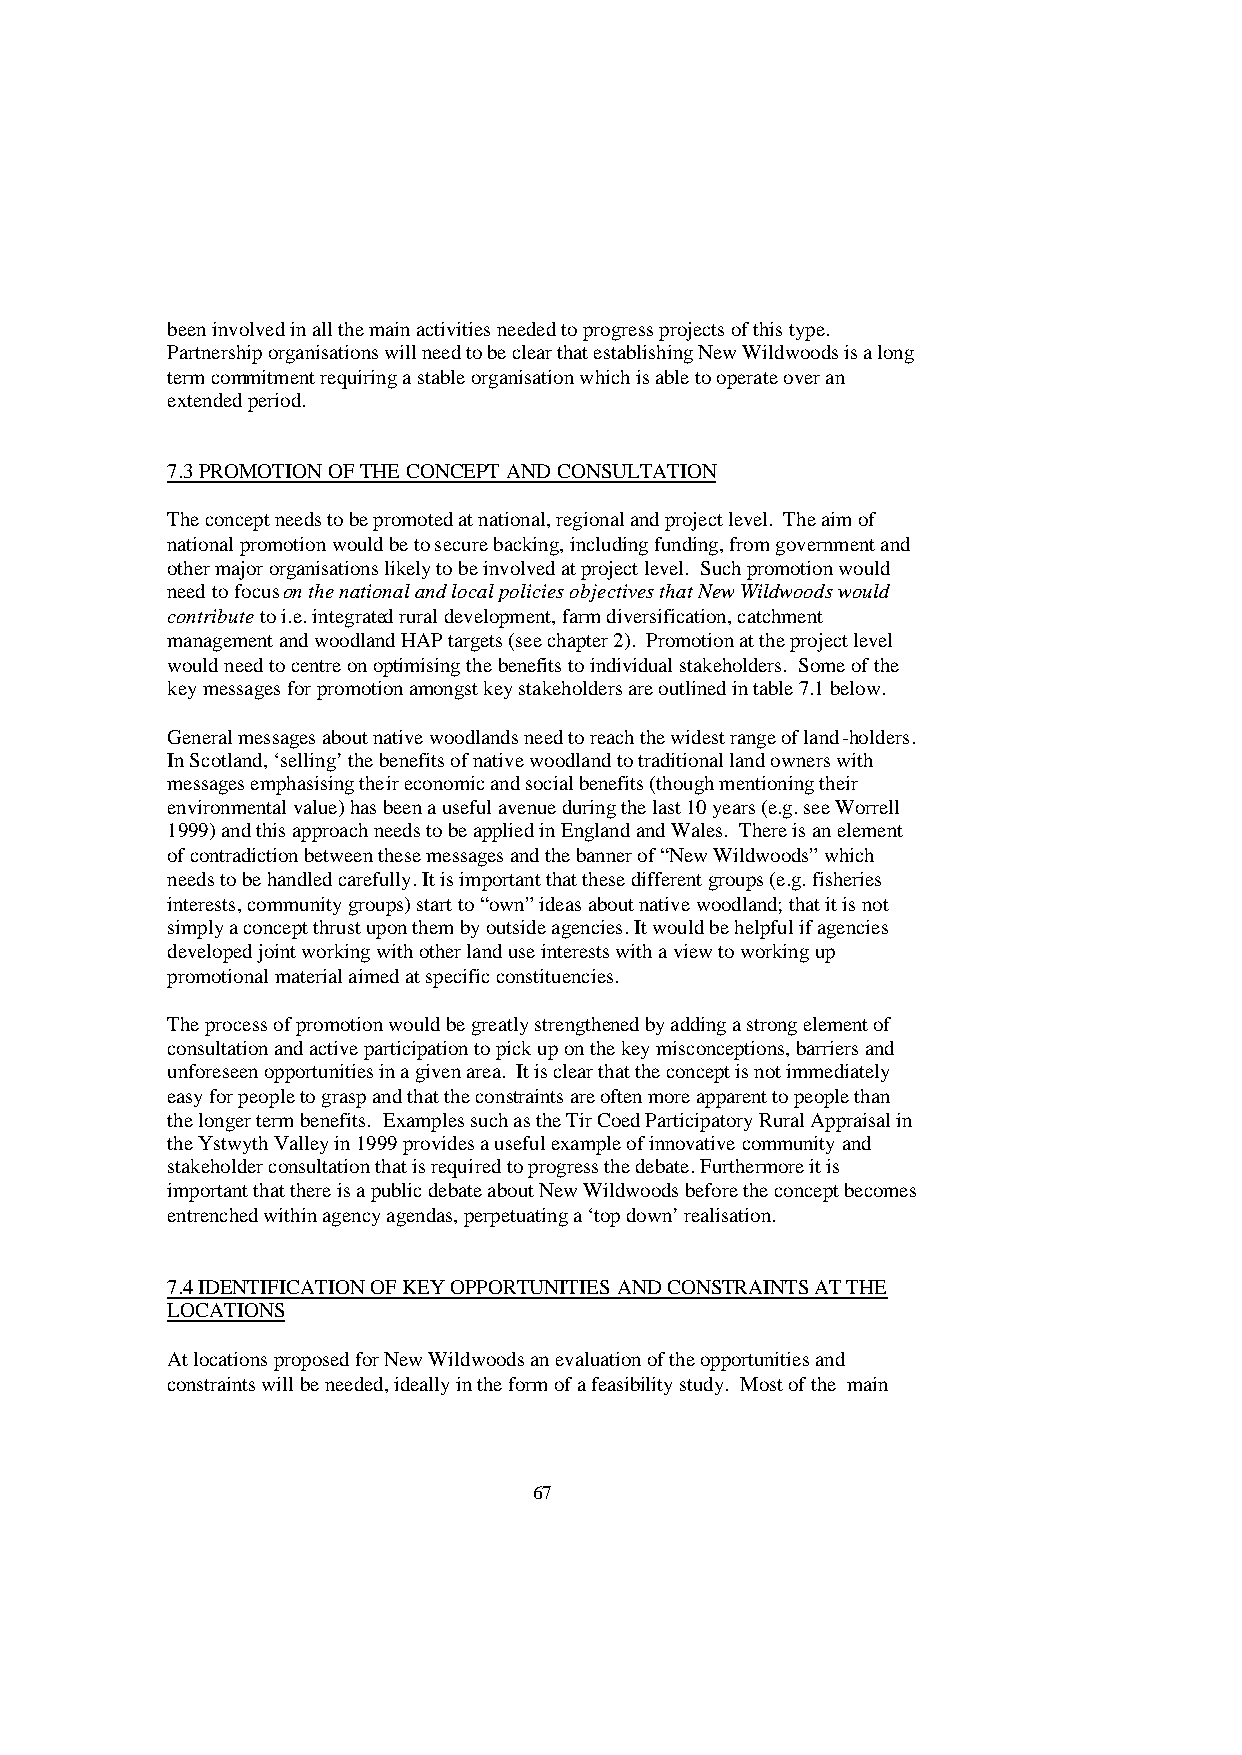
been involved in all the main activities needed to progress projects of this type.
 Partnership organisations will need to be clear that establishing New Wildwoods is a long
 term commitment requiring a stable organisation which is able to operate over an
 extended period.
 7.3 PROMOTION OF THE CONCEPT AND CONSULTATION
 The concept needs to be promoted at national, regional and project level. The aim of
 national promotion would be to secure backing, including funding, from government and
 other major organisations likely to be involved at project level. Such promotion would
 need to focus on the national and local policies objectives that New Wildwoods would
 contribute to i.e. integrated rural development, farm diversification, catchment
 management and woodland HAP targets (see chapter 2). Promotion at the project level
 would need to centre on optimising the benefits to individual stakeholders. Some of the
 key messages for promotion amongst key stakeholders are outlined in table 7.1 below.
 General messages about native woodlands need to reach the widest range of land-holders.
 In Scotland, ‘selling’ the benefits of native woodland to traditional land owners with
 messages emphasising their economic and social benefits (though mentioning their
 environmental value) has been a useful avenue during the last 10 years (e.g. see Worrell
 1999) and this approach needs to be applied in England and Wales. There is an element
 of contradiction between these messages and the banner of “New Wildwoods” which
 needs to be handled carefully. It is important that these different groups (e.g. fisheries
 interests, community groups) start to “own” ideas about native woodland; that it is not
 simply a concept thrust upon them by outside agencies. It would be helpful if agencies
 developed joint working with other land use interests with a view to working up
 promotional material aimed at specific constituencies.
 The process of promotion would be greatly strengthened by adding a strong element of
 consultation and active participation to pick up on the key misconceptions, barriers and
 unforeseen opportunities in a given area. It is clear that the concept is not immediately
 easy for people to grasp and that the constraints are often more apparent to people than
 the longer term benefits. Examples such as the Tir Coed Participatory Rural Appraisal in
 the Ystwyth Valley in 1999 provides a useful example of innovative community and
 stakeholder consultation that is required to progress the debate. Furthermore it is
 important that there is a public debate about New Wildwoods before the concept becomes
 entrenched within agency agendas, perpetuating a ‘top down’ realisation.
 7.4 IDENTIFICATION OF KEY OPPORTUNITIES AND CONSTRAINTS AT THE
 LOCATIONS
 At locations proposed for New Wildwoods an evaluation of the opportunities and
 constraints will be needed, ideally in the form of a feasibility study. Most of the main
 67